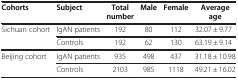
<table><thead><tr><td><b>Cohorts</b></td><td><b>Subject</b></td><td><b>Total number</b></td><td><b>Male</b></td><td><b>Female</b></td><td><b>Average age</b></td></tr></thead><tbody><tr><td>Sichuan cohort</td><td>IgAN patients</td><td>192</td><td>80</td><td>112</td><td>32.07 ± 9.77</td></tr><tr><td> </td><td>Controls</td><td>192</td><td>62</td><td>130</td><td>63.19 ± 9.14</td></tr><tr><td>Beijing cohort</td><td>IgAN patients</td><td>935</td><td>498</td><td>437</td><td>31.18 ± 10.98</td></tr><tr><td> </td><td>Controls</td><td>2103</td><td>985</td><td>1118</td><td>49.21 ± 16.02</td></tr></tbody></table>